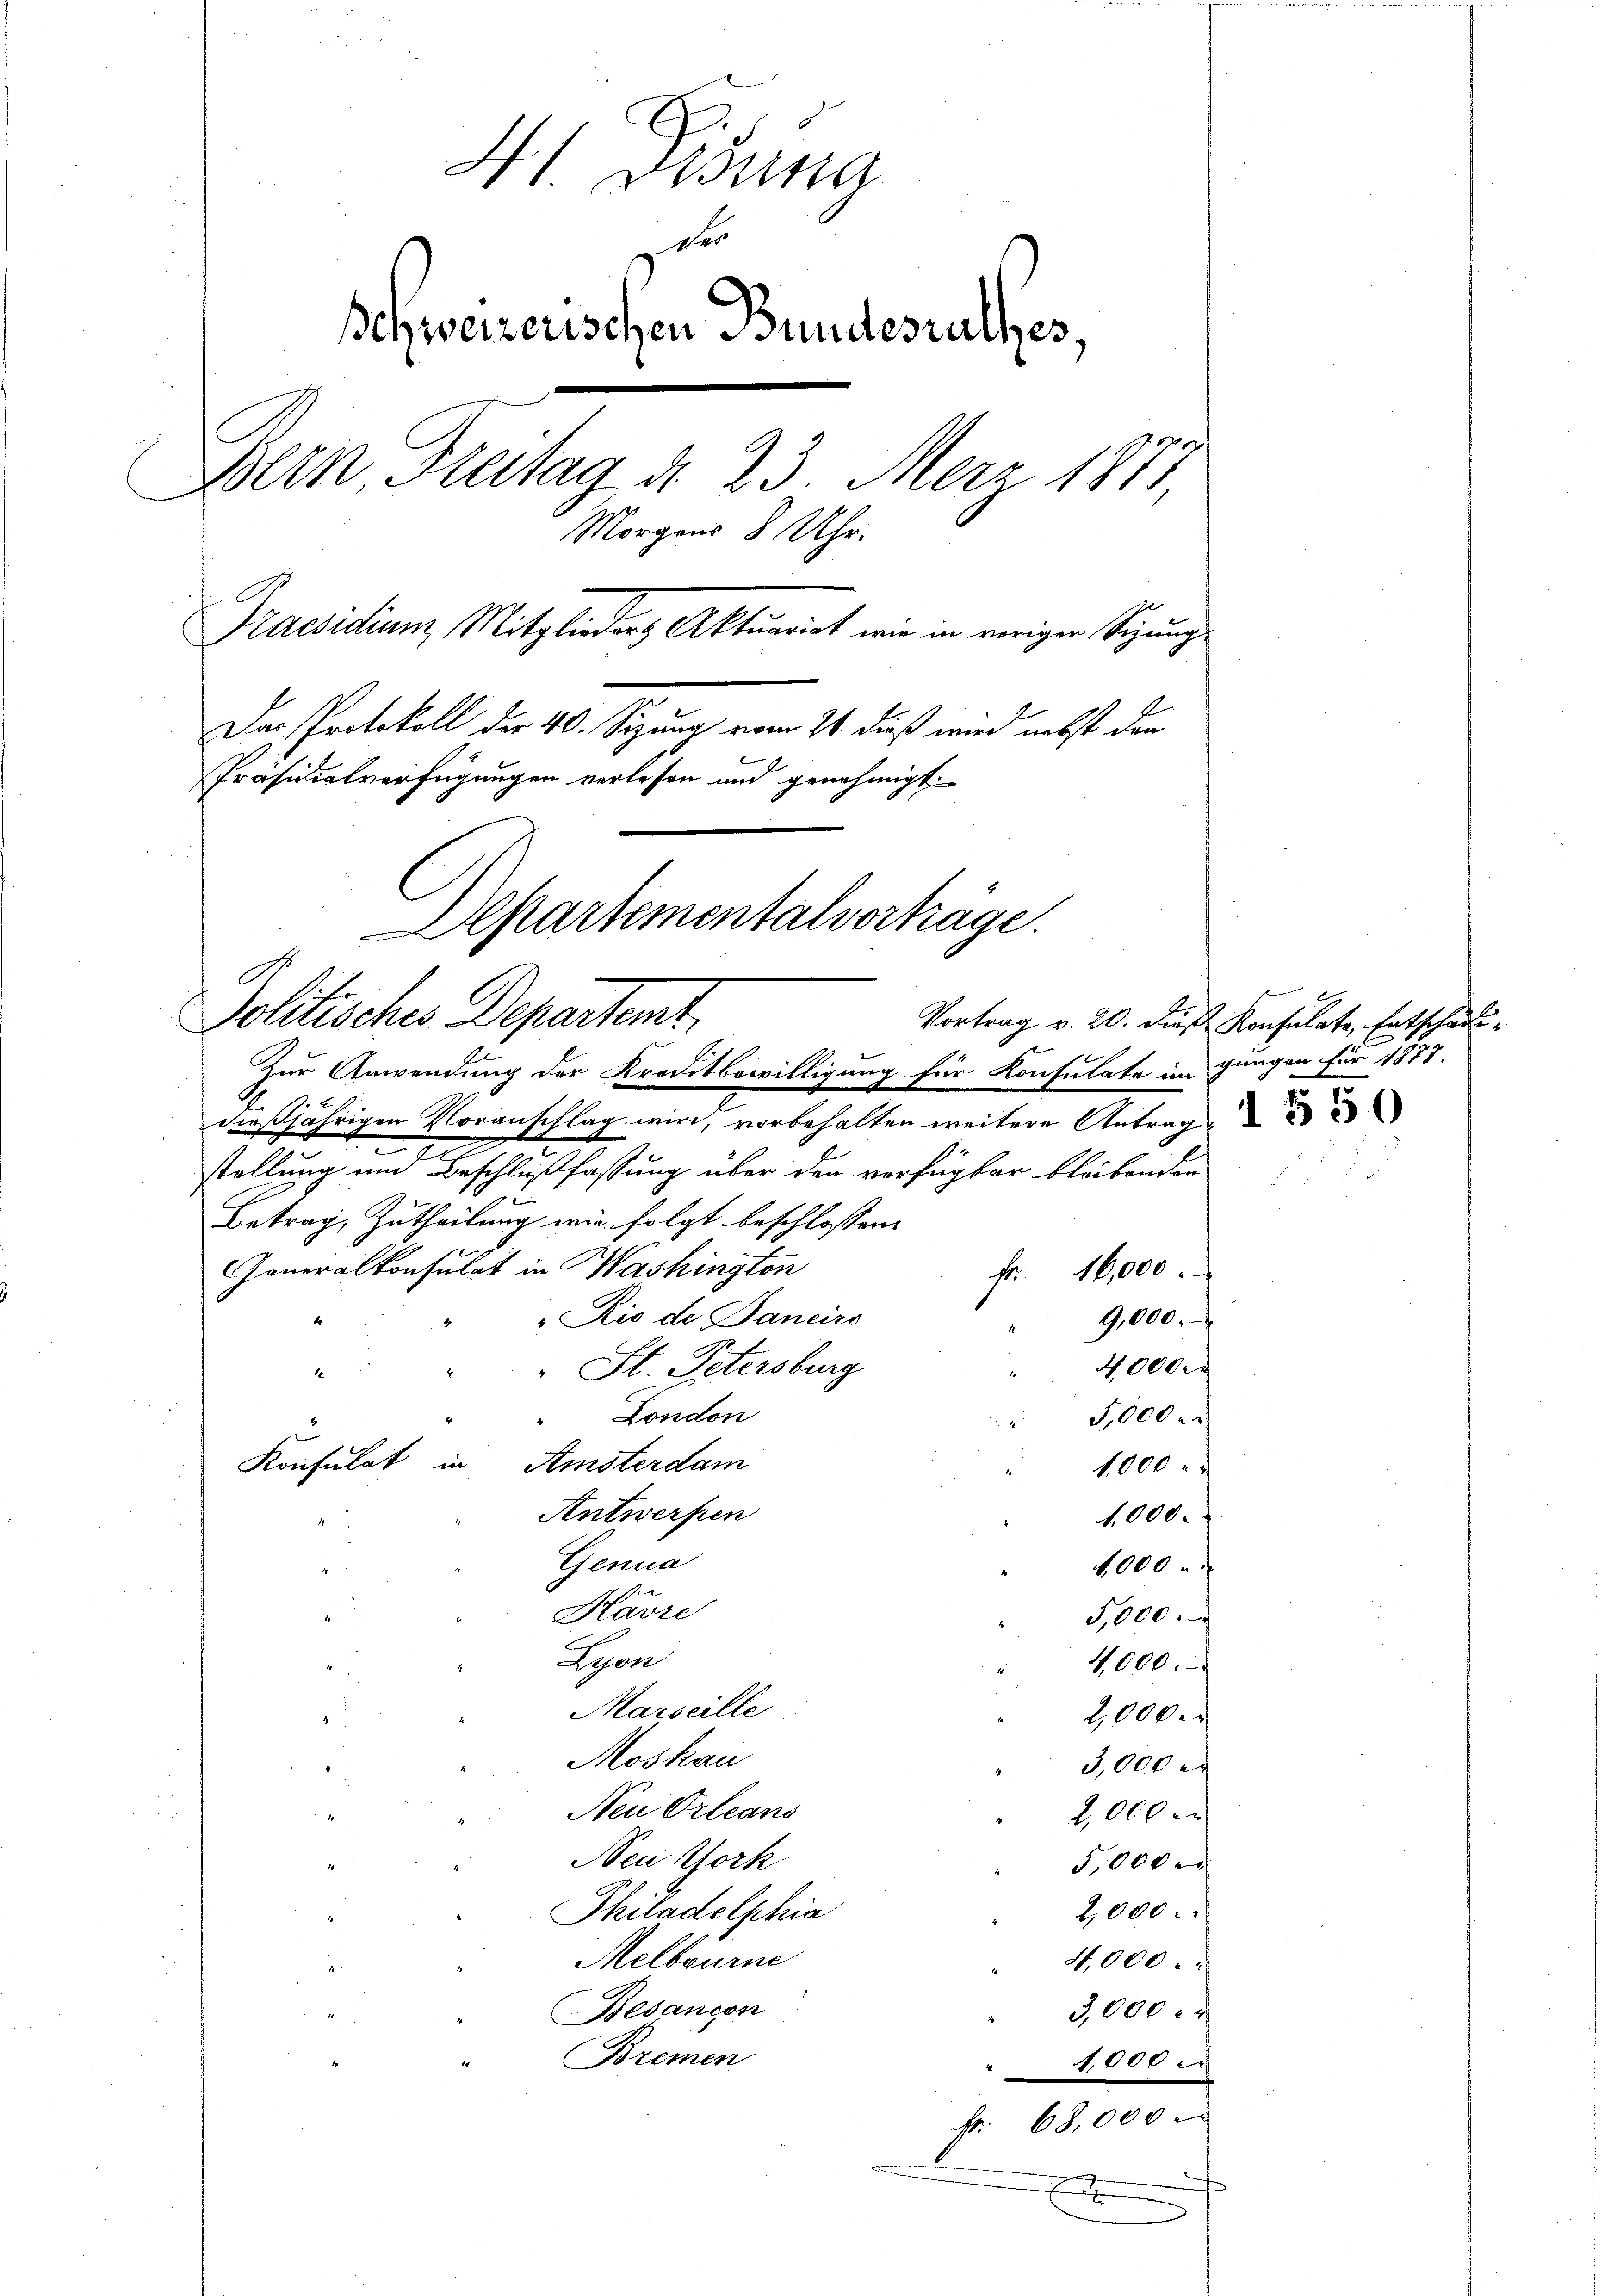
g
H Gesung
Der
Schweizerischen Bundesrathes,
Bern Freitag d. 23. Merz 1871
Morgens 8 Uhr.
Praesidiums, Mitglieders Aktuariat wie in voriger Sitzunge
Das Protokoll der 40. Sizung vom 24. dieß wird nebst den
Präsidialverfügungen verlesen und genehmigt.
Separtementalvorträge.
Politisches Departemt,
Vortrag v. 20. die Konsulate, Entschädi¬

.
stellung und Beschlußfassung über den verfügbar bleibenden
Betrag, Zutheilung wie folgt beschlossen:
Generalkonsulat in Washington
fr. 16,000.
Rio de Janeiro
4000
St. Petersburg
1
London
5,000
Konsulat in Amsterdam
1,000
Antwerfen
Genua
4,000
Havre
5,000.
Lesen
4000.
Marseille
" 2,000.
Moskau
3,000 M.
Neu Orleans
2,000
Nei Gork
5,000 x
2,000.
Philadelphia
Melbourne
4,000
Besancon
3,000
Bremen
1,000
Fr. 68,000

Zur Anwendung der Kreditbewilligung für Konsulate im gangen für 1877.
dießjährigen Voranschlag wird, vorbehalten weitere Antrage

9,000.

1,000.

1

x
.